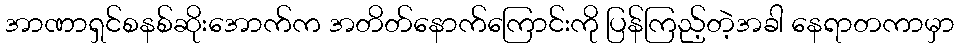
အာဏာရှင်စနစ်ဆိုးအောက်က အတိတ်နောက်ကြောင်းကို ပြန်ကြည့်တဲ့အခါ နေရာတကာမှာ